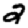
Digit: 2